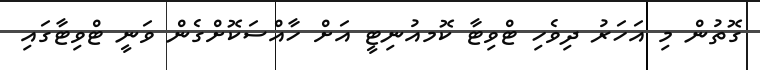
ގޮތުން މި އަހަރު ދިވެހި ޓްވިޓާ ކޮމއުނިޓީ އަށް ހާއްސަކޮށްގެން ވަނީ ޓްވިޓާގައި